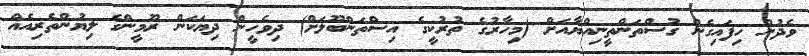
ވެދުން ހިފައިގެން ގުސްތަންތީނިއްޔާއަށް (މިހާރުގެ ތުރުކީގެ އިސްތަންބޫލަށް) ދިވެހީން ދިޔަކަން ރޫމީންގެ ލިޔުންތެރިއެއް